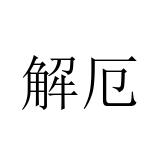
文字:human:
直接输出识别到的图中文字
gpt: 解厄